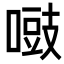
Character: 𠽑